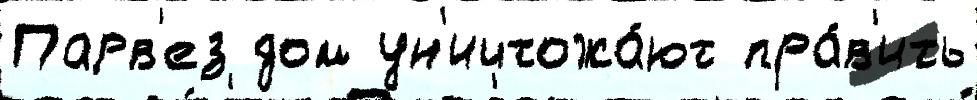
Парв'ез дом ун'ичтожа́ют пра́в'ить